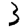
Digit: 3